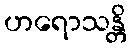
ဟရောသန္တိ